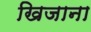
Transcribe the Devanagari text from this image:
खिजाना